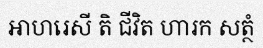
ឤហរេសី តិ ជីវិត ហារក សត្ថំ